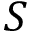
S